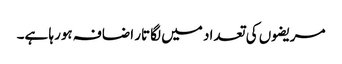
مریضوں کی تعداد میں لگاتار اضافہ ہورہا ہے۔